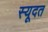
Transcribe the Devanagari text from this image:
स्यूदत